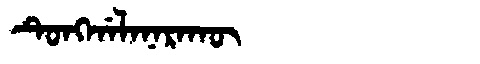
Manchu: ᡨᡠᠩᡤᠠᠯᠠᠨᠠᡵᠠᡴᡡ
Romanization: TUNGGALANARAKŪ